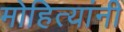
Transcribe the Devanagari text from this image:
मोहित्यांनी